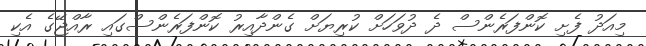
މިއަދު ފެށި ކޮންފަރެންސް ދެ ދުވަހަށް ކުރިޔަށް ގެންދާއިރު ކޮންފަރެންސްގައި ރާއްޖޭގެ އެކި